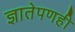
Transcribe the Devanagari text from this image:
ज्ञातेपणही